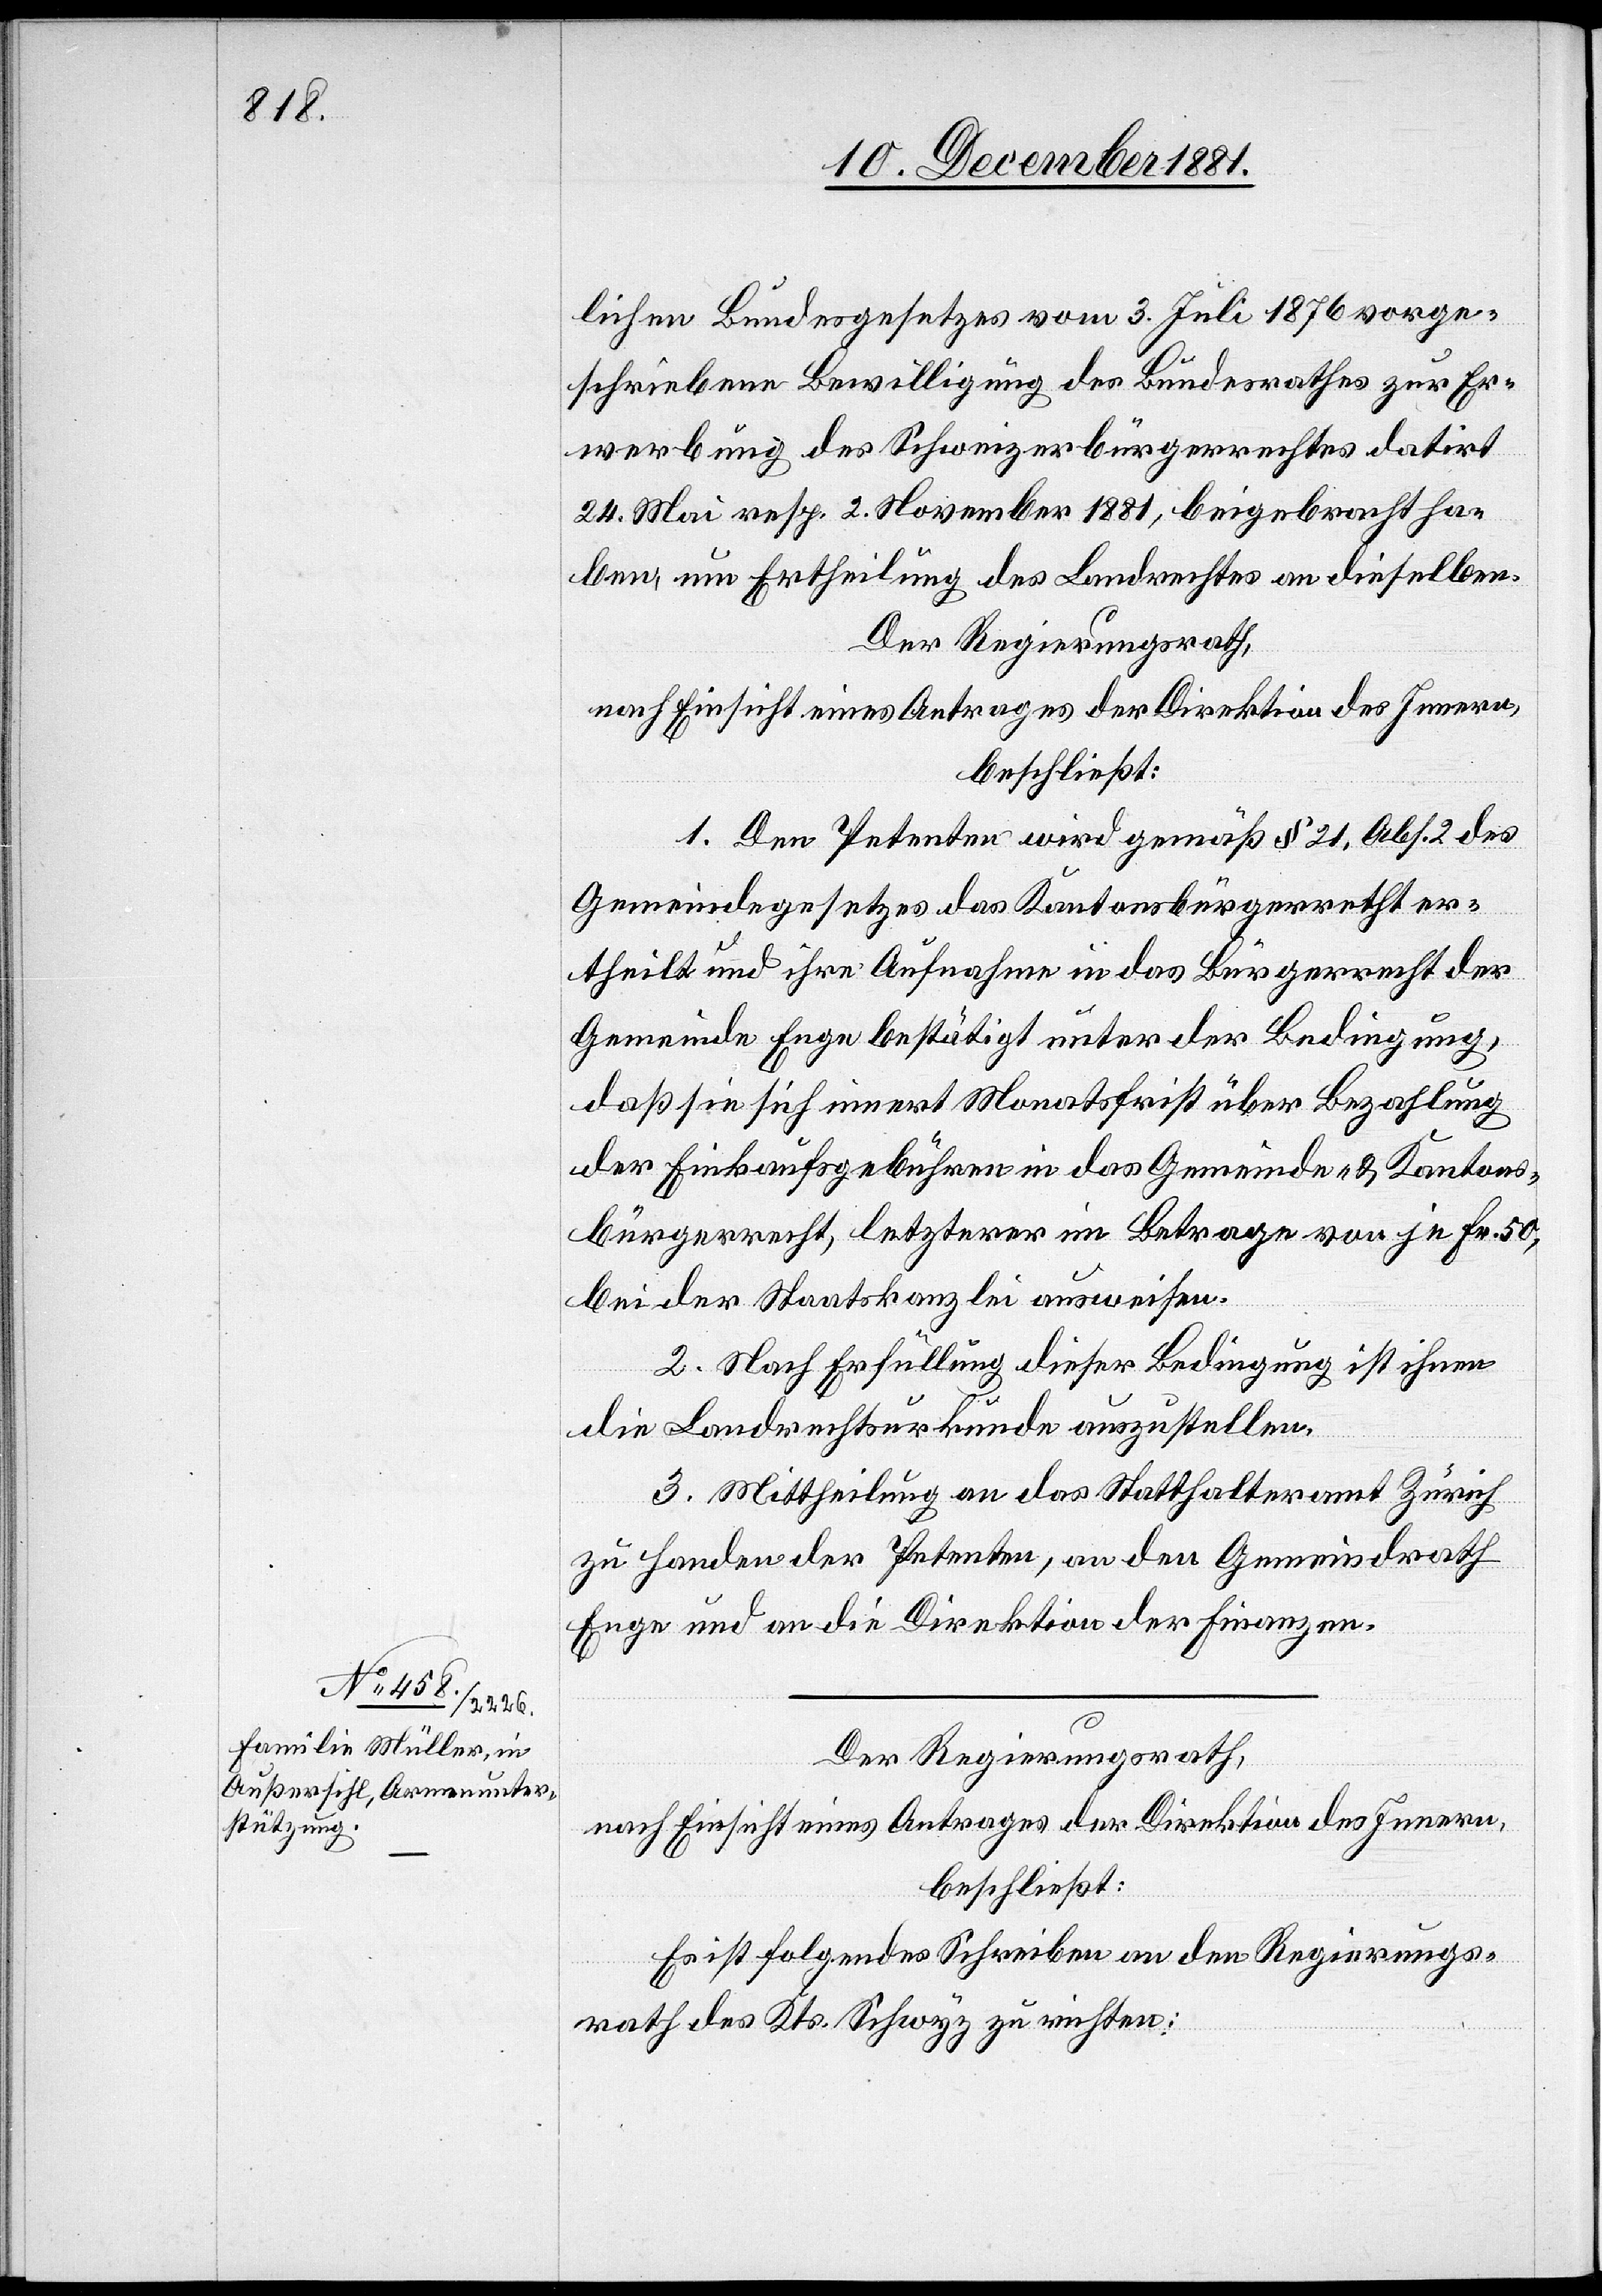
lichen Bundesgesetzes vom 3. Juli 1876 vorge¬
schriebene Bewilligung des Bundesrathes zur Er¬
werbung des Schweizerbürgerrechtes datirt
24. Mai resp. 2. November 1881, beigebracht ha¬
ben, um Ertheilung des Landrechtes an dieselben.
Der Regierungsrath,
nach Einsicht eines Antrages der Direktion des Innern,
beschließt:
1. Den Petenten wird gemäß § 21, Abs. 2 des
Gemeindegesetzes das Kantonsbürgerrecht er¬
theilt und ihre Aufnahme in das Bürgerrecht der
Gemeinde Enge bestätigt unter der Bedingung,
daß sie sich innert Monatsfrist über Bezahlung
der Einkaufsgebühren in das Gemeinde- & Kantons¬
bürgerrecht, letzterer im Betrage von je Fr. 50,
bei der Staatskanzlei ausweisen.
2. Nach Erfüllung dieser Bedingung ist ihnen
die Landrechtsurkunde auszustellen.
3. Mittheilung an das Statthalteramt Zürich
zu Handen der Petenten, an den Gemeindrath
Enge und an die Direktion der Finanzen.
Der Regierungsrath,
nach Einsicht eines Antrages der Direktion des Innern,
beschließt:
Es ist folgendes Schreiben an den Regierungs¬
rath des Kts. Schwyz zu richten: